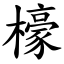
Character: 檺